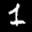
Label: 1